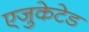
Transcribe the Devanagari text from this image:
एजुकेटेड